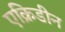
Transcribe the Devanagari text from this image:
एक्रिडीन